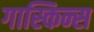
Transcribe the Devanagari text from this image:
गास्किन्स